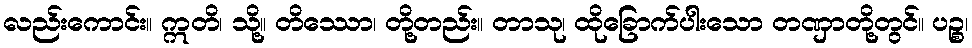
လည်းကောင်း။ ဣတိ၊ သို့။ တိဿော၊ တို့တည်း။ တာသု၊ ထိုခြောက်ပါးသော တဏှာတို့တွင်။ ပဉ္စ၊